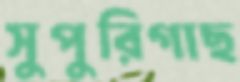
সুপুরিগাছ